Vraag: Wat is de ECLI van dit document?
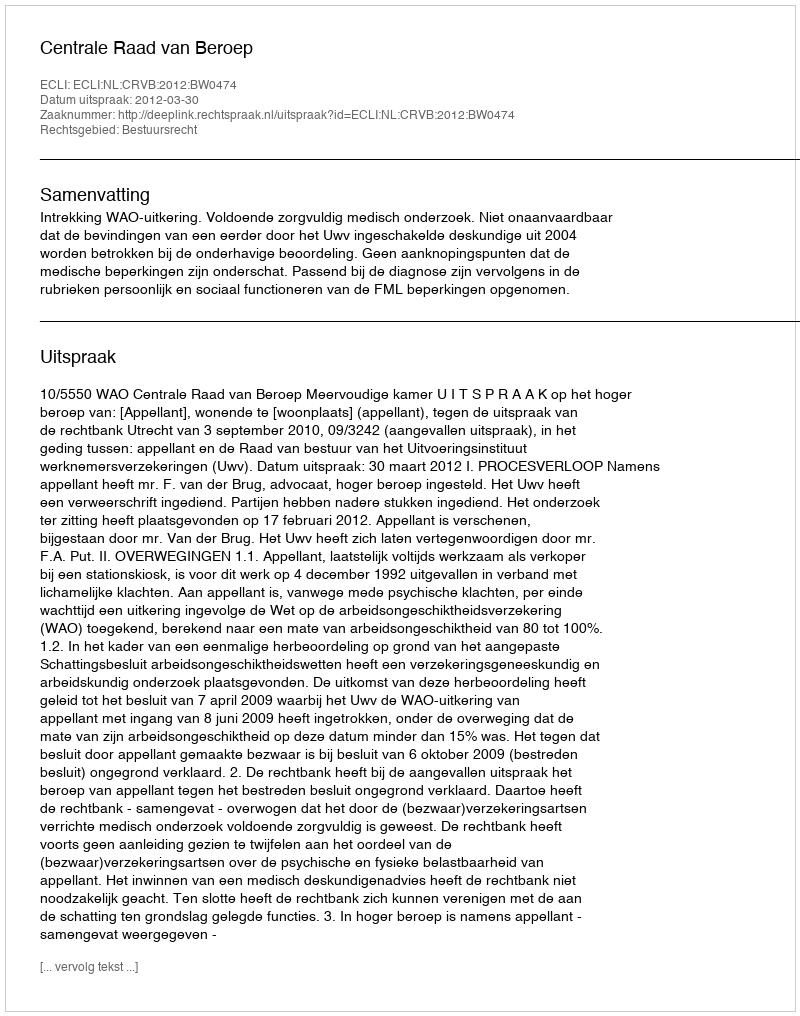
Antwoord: ECLI:NL:CRVB:2012:BW0474